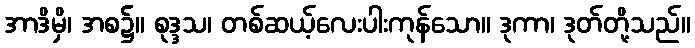
အာဒိမှိ၊ အစ၌။ စုဒ္ဒသ၊ တစ်ဆယ့်လေးပါးကုန်သော။ ဒုကာ၊ ဒုတ်တို့သည်။